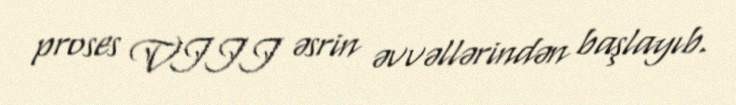
proses VIII əsrin əvvəllərindən başlayıb.